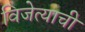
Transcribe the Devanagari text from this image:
विजेत्याची